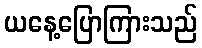
ယနေ့ပြောကြားသည်